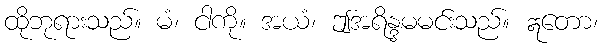
ထိုဘုရားသည်။ မံ၊ ငါကို။ အယံ၊ ဤအရိန္ဒမမင်းသည်။ ဣတော၊